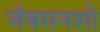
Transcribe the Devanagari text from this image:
जॅक्सनशी